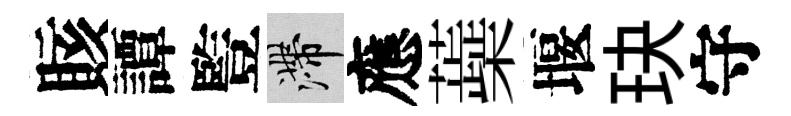
賅譚䜿滯應蘃堰玦守